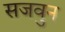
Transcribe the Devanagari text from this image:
सजवुन